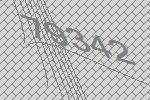
79342